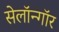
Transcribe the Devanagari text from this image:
सेलॉन्गॉर